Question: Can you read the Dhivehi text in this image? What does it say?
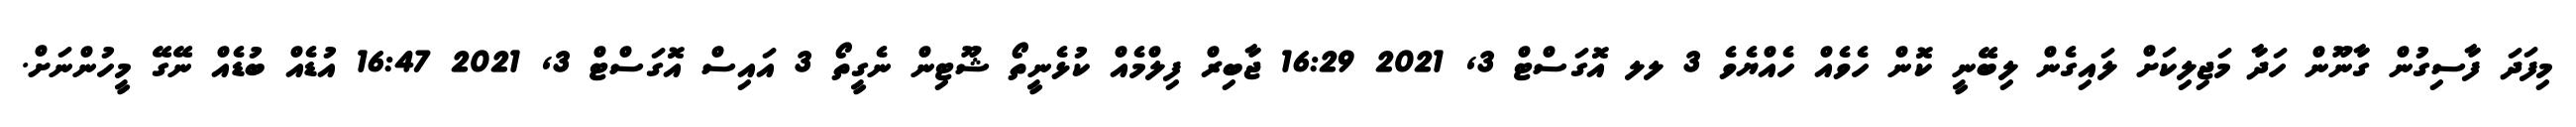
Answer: މިފަދަ ފާސިގުން ގާނޫން ހަދާ މަޖިލިކަށް ލައިގެން ލިބޭނީ ކޮން ހެވެއް ހެއްޔެވެ 3 ލލ އޮގަސްޓް 3, 2021 16:29 ޖާބިރް ފިލްމެއް ކުޅެނީތޯ ޝޫޓިން ނެގީތޯ 3 އައިސް އޮގަސްޓް 3, 2021 16:47 އުޑެއް ބުޑެއް ނޭގޭ މީހުންނަށް.